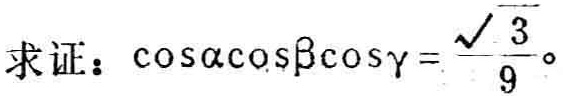
求证：\(\cos\alpha\cos\beta\cos\gamma = \frac{\sqrt{3}}{9}\)。